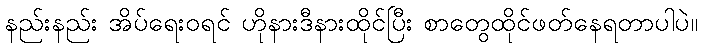
နည်းနည်း အိပ်ရေးဝရင် ဟိုနားဒီနားထိုင်ပြီး စာတွေထိုင်ဖတ်နေရတာပါပဲ။